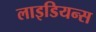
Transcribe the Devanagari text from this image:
लाइडियन्स